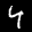
Label: 4